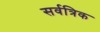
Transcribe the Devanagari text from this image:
सर्वत्रिक